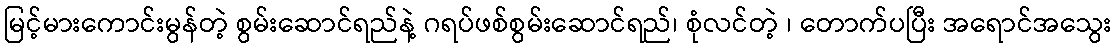
မြင့်မားကောင်းမွန်တဲ့ စွမ်းဆောင်ရည်နဲ့ ဂရပ်ဖစ်စွမ်းဆောင်ရည်၊ စုံလင်တဲ့ ၊ တောက်ပပြီး အရောင်အသွေး